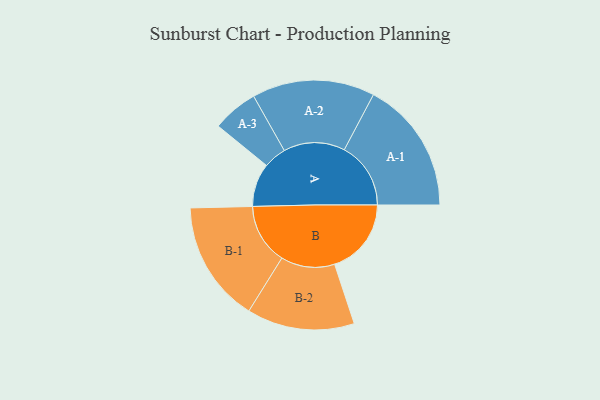
{"axis": {"x": "Segment", "y": "Value"}, "legend": ["", "A", "B"], "data": [{"x": "A", "y": 195, "type": ""}, {"x": "B", "y": 345, "type": ""}, {"x": "A-1", "y": 299, "type": "A"}, {"x": "A-2", "y": 276, "type": "A"}, {"x": "A-3", "y": 103, "type": "A"}, {"x": "B-1", "y": 273, "type": "B"}, {"x": "B-2", "y": 242, "type": "B"}]}